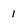
Character: 1